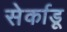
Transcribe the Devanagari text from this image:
सेर्काडू